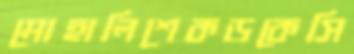
মোহালিশেকড়কেসি